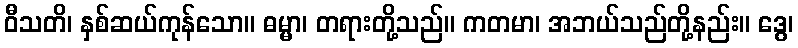
ဝီသတိ၊ နှစ်ဆယ်ကုန်သော။ ဓမ္မာ၊ တရားတို့သည်။ ကတမာ၊ အဘယ်သည်တို့နည်း။ ဒွေ၊